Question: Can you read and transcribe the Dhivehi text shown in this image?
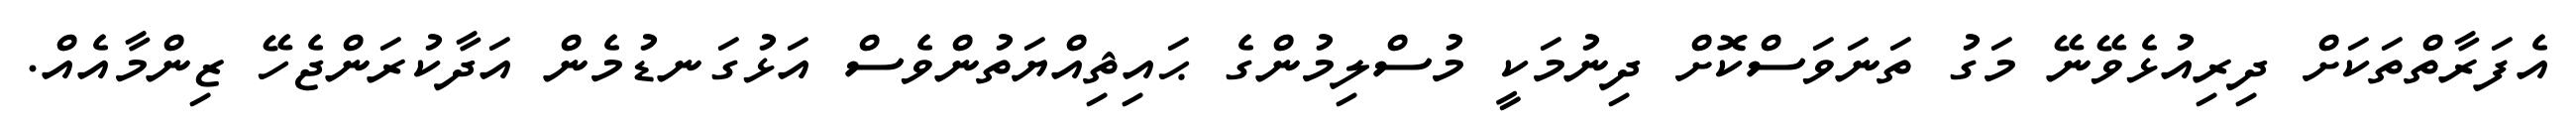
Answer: އެފަރާތްތަކަށް ދިރިއުޅެވޭނޭ މަގު ތަނަވަސްކޮށް ދިނުމަކީ މުސްލިމުންގެ ޙައިޘިއްޔަތުންވެސް އަޅުގަނޑުމެން އަދާކުރަންޖެހޭ ޒިންމާއެއް.